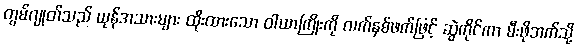
တွမ်ဂျုတ်သည် ယုန်အသားများ ထိုးထားသော ဝါယာကြိုးကို လက်နှစ်ဖက်ဖြင့် ဆွဲကိုင်ကာ မီးဖိုဘက်သို့